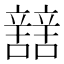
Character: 𨐼